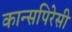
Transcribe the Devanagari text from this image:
कान्सपिरेसी